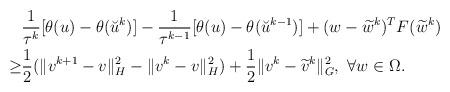
LaTeX: \begin{align*}\begin{aligned}&\frac{1}{\tau^k}[\theta(u)-\theta(\breve{u}^k)]-\frac{1}{\tau^{k-1}}[\theta(u)-\theta(\breve{u}^{k-1})]+(w-\widetilde{w}^k)^TF(\widetilde{w}^k)\\\geq&\frac{1}{2}(\|v^{k+1}-v\|^2_{H}-\|v^k-v\|^2_{H})+\frac{1}{2}\|v^k-\widetilde{v}^k\|^2_{G},~\forall w\in\Omega.\end{aligned}\end{align*}